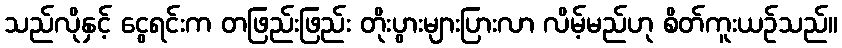
သည်လိုနှင့် ငွေရင်းက တဖြည်းဖြည်း တိုးပွားများပြားလာ လိမ့်မည်ဟု စိတ်ကူးယဉ်သည်။